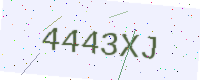
Text: 4443XJ